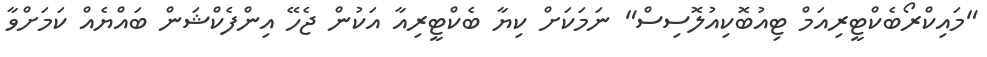
"މައިކްރޯބެކްޓީރިއަމް ޓިއުބޮކިއުލޮސިސް" ނަމަކަށް ކިޔާ ބެކްޓީރިއާ އަކުން ޖެހޭ އިންފެކްޝަން ބައްޔެއް ކަމަށްވާ